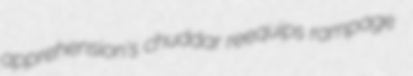
apprehension's chuddar reequips rampage